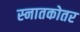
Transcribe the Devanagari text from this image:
स्‍नातकोतर